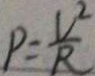
P = \frac { V ^ { 2 } } { R }